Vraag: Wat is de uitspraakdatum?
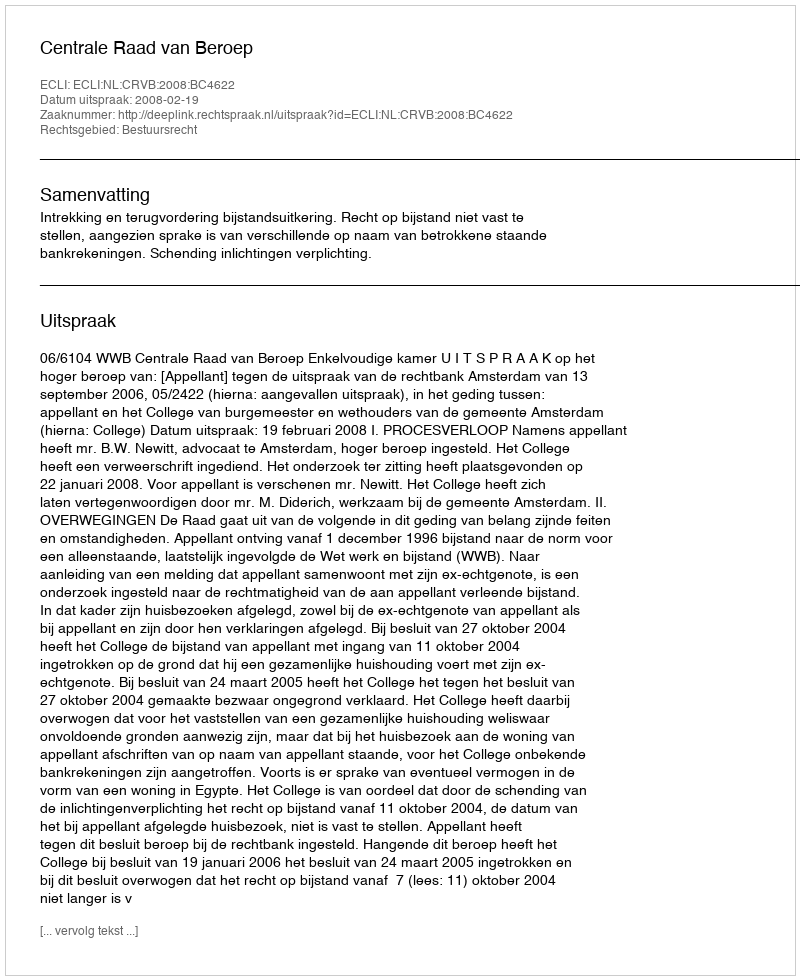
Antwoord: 2008-02-19